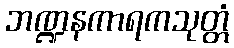
ဘဏ္ဍနကာရကသုတ္တံ